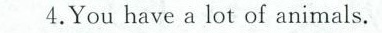
4.You have a lot of animals.